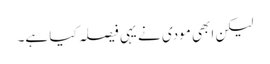
لیکن ابھی مودی نے یہی فیصلہ کیا ہے۔